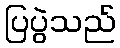
ပြပွဲသည်